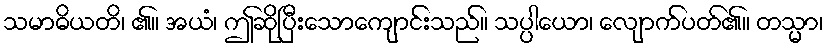
သမာဓိယတိ၊ ၏။ အယံ၊ ဤဆိုပြီးသောကျောင်းသည်။ သပ္ပါယော၊ လျောက်ပတ်၏။ တသ္မာ၊